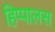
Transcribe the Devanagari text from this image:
हिप्पालस